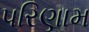
પરિણામ